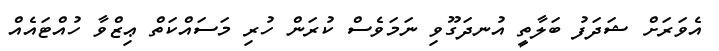
އެވަރަށް ޝަދަފު ބަލާތީ އުނދަގޫވި ނަމަވެސް ކުރަން ހުރި މަސައްކަތް ޢިޒްވާ ހުއްޓައެއް